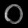
Digit: ၀